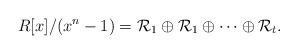
LaTeX: \begin{align*}R[x]/(x^n-1)=\mathcal {R}_1\oplus \mathcal {R}_1 \oplus \cdots\oplus \mathcal {R}_t.\end{align*}